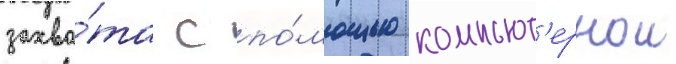
захва́та с по́мощью компьют'ернои